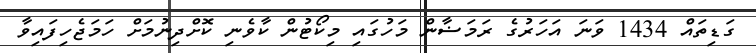
ގަޑިތައް 1434 ވަނަ އަހަރުގެ ރަމަޟާން މަހުގައި މިކޯޓުން ކާވެނި ކޮށްދިނުމަށް ހަމަޖެހިފައިވާ